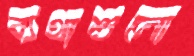
ব্যথাশুলো